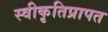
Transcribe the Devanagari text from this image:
स्वीकृतिप्रापत